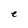
Character: e